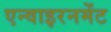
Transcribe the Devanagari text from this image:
एन्वाइरनमेंट